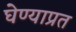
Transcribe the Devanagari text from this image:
घेण्याप्रत